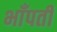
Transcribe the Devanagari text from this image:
भाँपती